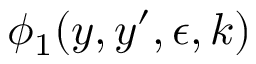
\phi _ { 1 } ( y , y ^ { \prime } , \epsilon , k )